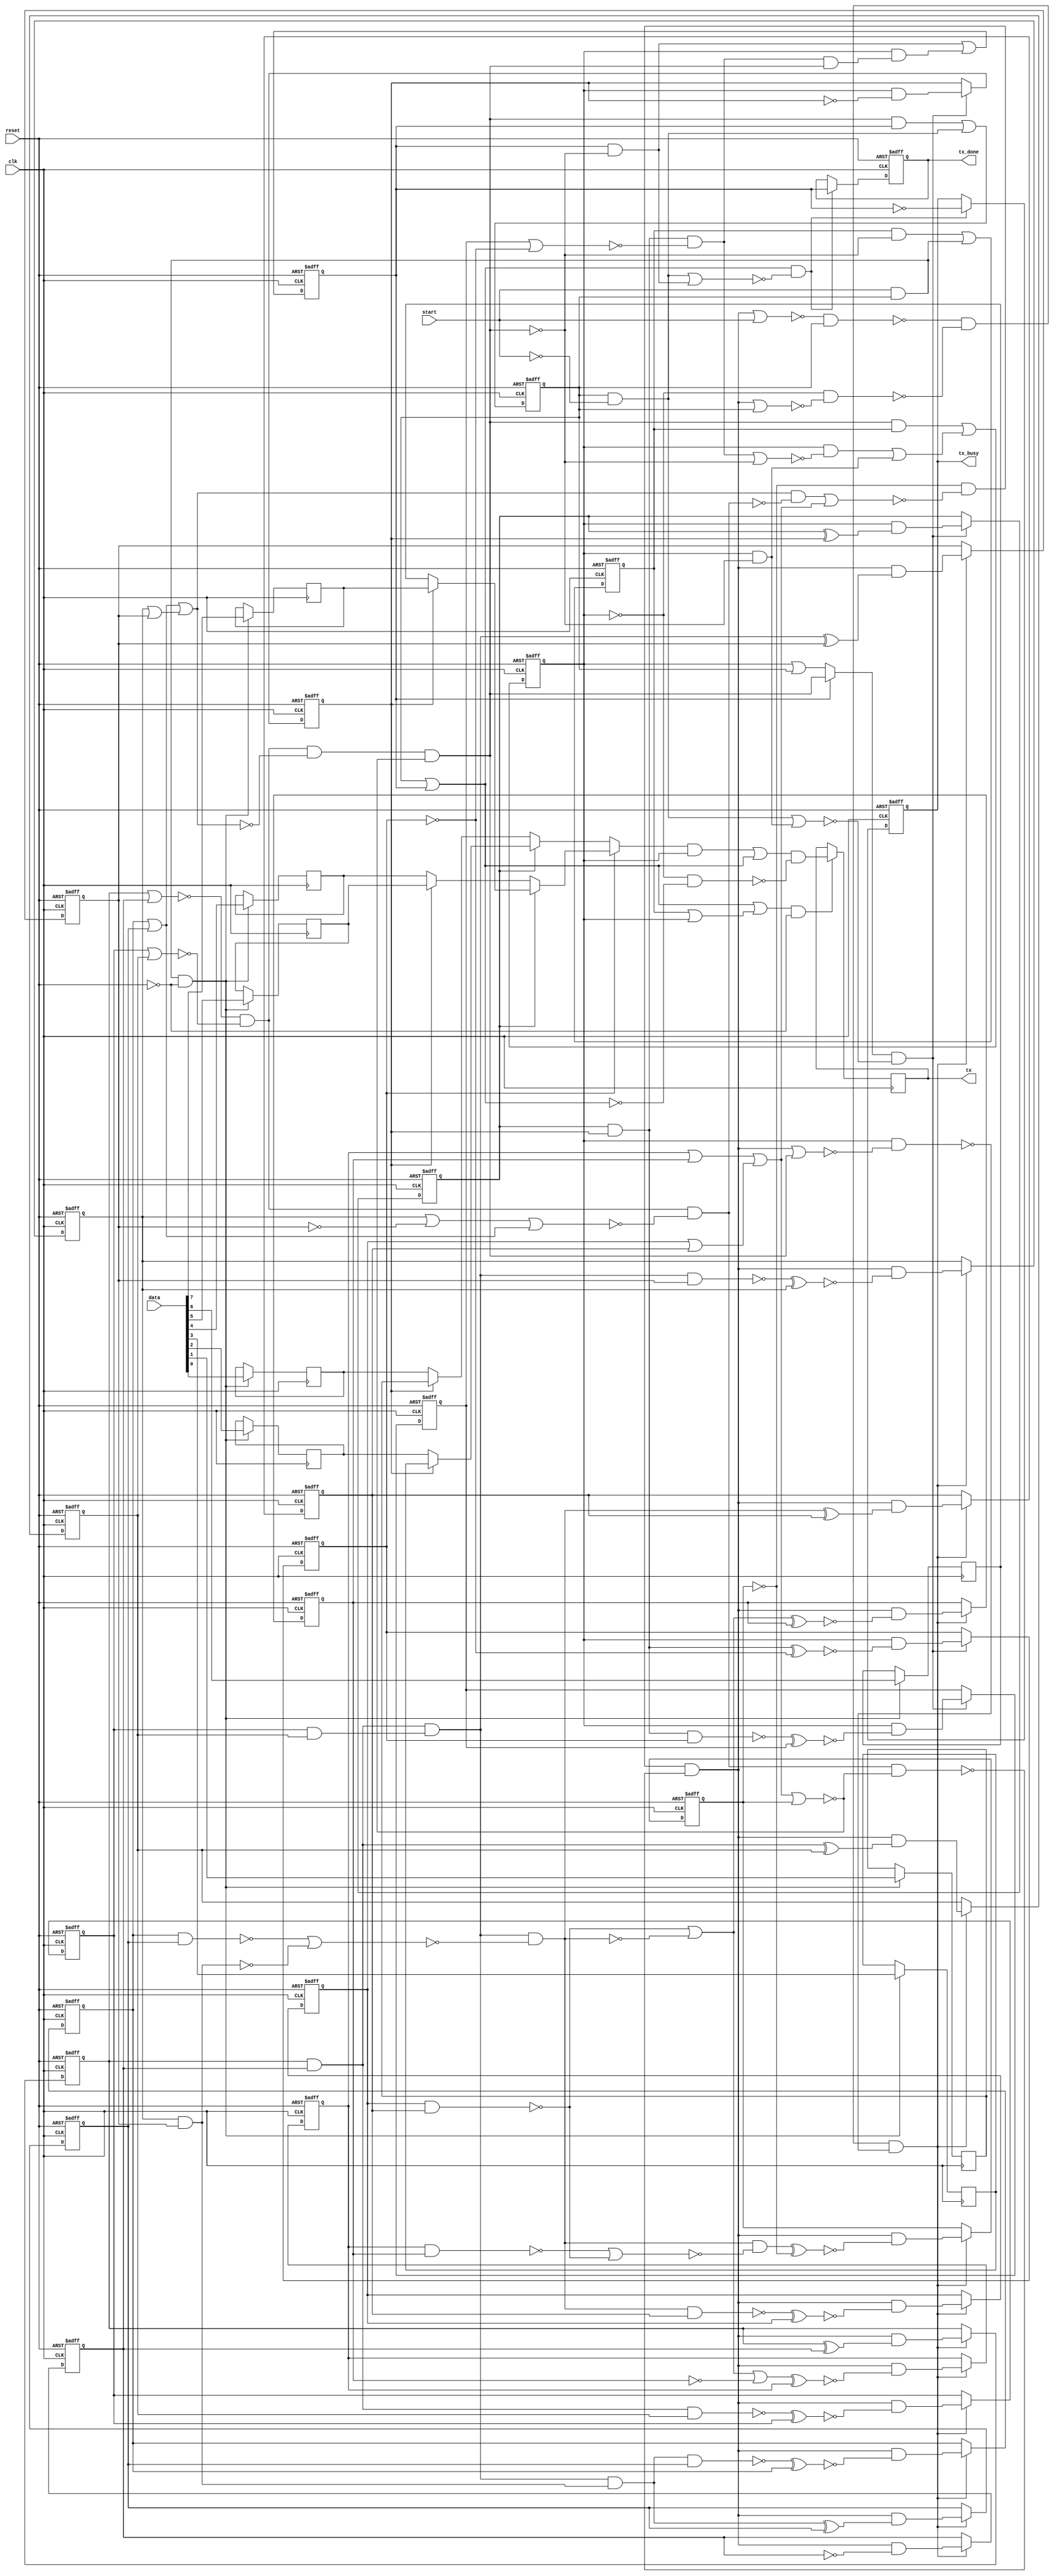
/* Generated by Yosys 0.38+54 (git sha1 f8d4d7128, gcc 11.4.0-1ubuntu1~22.04 -fPIC -Os) */

(* top =  1  *)
(* src = "verilog_code:1.1-77.10" *)
module uart_tx(clk, reset, start, data, tx_busy, tx_done, tx);
  (* src = "verilog_code:21.1-75.4" *)
  wire [12:0] _000_;
  (* src = "verilog_code:21.1-75.4" *)
  wire [3:0] _001_;
  (* src = "verilog_code:21.1-75.4" *)
  wire _002_;
  wire _003_;
  wire _004_;
  wire _005_;
  wire _006_;
  wire _007_;
  wire _008_;
  wire _009_;
  wire _010_;
  wire _011_;
  wire _012_;
  wire _013_;
  wire _014_;
  wire _015_;
  wire _016_;
  wire _017_;
  wire _018_;
  wire _019_;
  wire _020_;
  wire _021_;
  wire _022_;
  wire _023_;
  wire _024_;
  wire _025_;
  wire _026_;
  wire _027_;
  wire _028_;
  wire _029_;
  wire _030_;
  wire _031_;
  wire _032_;
  wire _033_;
  wire _034_;
  wire _035_;
  wire _036_;
  wire _037_;
  wire _038_;
  wire _039_;
  wire _040_;
  wire _041_;
  wire _042_;
  wire _043_;
  wire _044_;
  wire _045_;
  wire _046_;
  wire _047_;
  wire _048_;
  wire _049_;
  wire _050_;
  wire _051_;
  wire _052_;
  wire _053_;
  wire _054_;
  wire _055_;
  wire _056_;
  wire _057_;
  wire _058_;
  wire _059_;
  wire _060_;
  wire _061_;
  wire _062_;
  wire _063_;
  wire _064_;
  wire _065_;
  wire _066_;
  wire _067_;
  wire _068_;
  wire _069_;
  wire _070_;
  wire _071_;
  wire _072_;
  wire _073_;
  wire _074_;
  wire _075_;
  wire _076_;
  wire _077_;
  wire _078_;
  wire _079_;
  wire _080_;
  wire _081_;
  wire _082_;
  wire _083_;
  wire _084_;
  wire _085_;
  wire _086_;
  wire _087_;
  wire _088_;
  wire _089_;
  wire _090_;
  wire _091_;
  wire _092_;
  wire _093_;
  wire _094_;
  wire _095_;
  wire _096_;
  wire _097_;
  wire _098_;
  wire _099_;
  wire _100_;
  wire _101_;
  wire _102_;
  wire _103_;
  wire _104_;
  wire _105_;
  wire _106_;
  wire _107_;
  (* force_downto = 32'd1 *)
  (* src = "verilog_code:0.0-0.0|verilog_code:30.9-70.16|/usr/local/bin/../share/yosys/techmap.v:575.21-575.22" *)
  wire _108_;
  (* src = "verilog_code:13.12-13.22" *)
  reg [12:0] baud_count;
  (* src = "verilog_code:12.11-12.20" *)
  reg [3:0] bit_count;
  (* src = "verilog_code:2.11-2.14" *)
  input clk;
  wire clk;
  (* src = "verilog_code:5.17-5.21" *)
  input [7:0] data;
  wire [7:0] data;
  (* src = "verilog_code:3.11-3.16" *)
  input reset;
  wire reset;
  (* src = "verilog_code:4.11-4.16" *)
  input start;
  wire start;
  (* src = "verilog_code:8.16-8.18" *)
  output tx;
  reg tx;
  (* src = "verilog_code:6.16-6.23" *)
  output tx_busy;
  reg tx_busy;
  (* src = "verilog_code:14.11-14.22" *)
  reg [7:0] tx_data_reg;
  (* src = "verilog_code:7.16-7.23" *)
  output tx_done;
  reg tx_done;
  (* onehot = 32'd1 *)
  reg [3:0] tx_state;
  assign _027_ = _020_ | _086_;
  assign _028_ = tx_state[1] & ~(_027_);
  assign _008_ = _026_ & ~(_028_);
  assign _029_ = _099_ | _092_;
  assign _011_ = _094_ & ~(_029_);
  assign _000_[0] = _020_ & ~(baud_count[0]);
  assign _030_ = ~(baud_count[1] ^ baud_count[0]);
  assign _000_[1] = _020_ & ~(_030_);
  assign _031_ = baud_count[1] & baud_count[0];
  assign _032_ = ~(_031_ ^ baud_count[2]);
  assign _000_[2] = _020_ & ~(_032_);
  assign _033_ = ~(_031_ & baud_count[2]);
  assign _034_ = _033_ ^ baud_count[3];
  assign _000_[3] = _020_ & ~(_034_);
  assign _035_ = ~(baud_count[3] & baud_count[2]);
  assign _036_ = _031_ & ~(_035_);
  assign _037_ = ~(_036_ ^ baud_count[4]);
  assign _000_[4] = _020_ & ~(_037_);
  assign _038_ = ~(_036_ & baud_count[4]);
  assign _039_ = _038_ ^ baud_count[5];
  assign _000_[5] = _020_ & ~(_039_);
  assign _040_ = ~(baud_count[5] & baud_count[4]);
  assign _041_ = _036_ & ~(_040_);
  assign _042_ = ~(_041_ ^ baud_count[6]);
  assign _000_[6] = _020_ & ~(_042_);
  assign _043_ = ~(_041_ & baud_count[6]);
  assign _044_ = _043_ ^ baud_count[7];
  assign _000_[7] = _020_ & ~(_044_);
  assign _045_ = ~(baud_count[7] & baud_count[6]);
  assign _046_ = _045_ | _040_;
  assign _047_ = _036_ & ~(_046_);
  assign _048_ = ~(_047_ ^ baud_count[8]);
  assign _000_[8] = _020_ & ~(_048_);
  assign _049_ = ~(_047_ & baud_count[8]);
  assign _050_ = _049_ ^ baud_count[9];
  assign _000_[9] = _020_ & ~(_050_);
  assign _051_ = ~(baud_count[9] & baud_count[8]);
  assign _052_ = _051_ | ~(_047_);
  assign _053_ = _052_ ^ baud_count[10];
  assign _000_[10] = _020_ & ~(_053_);
  assign _054_ = _052_ | ~(baud_count[10]);
  assign _055_ = _054_ ^ baud_count[11];
  assign _000_[11] = _020_ & ~(_055_);
  assign _056_ = ~(baud_count[11] & baud_count[10]);
  assign _057_ = _056_ | _051_;
  assign _058_ = _047_ & ~(_057_);
  assign _059_ = _058_ ^ _012_;
  assign _000_[12] = _020_ & ~(_059_);
  assign _001_[0] = tx_state[1] & ~(bit_count[0]);
  assign _060_ = ~(bit_count[1] ^ bit_count[0]);
  assign _001_[1] = tx_state[1] & ~(_060_);
  assign _061_ = ~bit_count[2];
  assign _062_ = _087_ ^ _061_;
  assign _001_[2] = tx_state[1] & ~(_062_);
  assign _063_ = ~(_087_ & bit_count[2]);
  assign _064_ = _063_ ^ bit_count[3];
  assign _001_[3] = tx_state[1] & ~(_064_);
  assign _065_ = bit_count[0] ? tx_data_reg[1] : tx_data_reg[0];
  assign _066_ = bit_count[0] ? tx_data_reg[3] : tx_data_reg[2];
  assign _067_ = bit_count[1] ? _066_ : _065_;
  assign _068_ = bit_count[0] ? tx_data_reg[5] : tx_data_reg[4];
  assign _069_ = bit_count[0] ? tx_data_reg[7] : tx_data_reg[6];
  assign _070_ = bit_count[1] ? _069_ : _068_;
  assign _071_ = bit_count[2] ? _070_ : _067_;
  assign _072_ = _071_ & ~(_023_);
  assign _073_ = _072_ | _094_;
  assign _074_ = _023_ & ~(_094_);
  assign _108_ = _073_ & ~(_074_);
  assign _002_ = ~tx_state[3];
  assign _075_ = ~(baud_count[1] | baud_count[0]);
  assign _076_ = baud_count[3] | baud_count[2];
  assign _077_ = _075_ & ~(_076_);
  assign _078_ = baud_count[5] | baud_count[4];
  assign _079_ = baud_count[7] | baud_count[6];
  assign _080_ = _079_ | _078_;
  assign _081_ = _077_ & ~(_080_);
  assign _082_ = baud_count[9] | baud_count[8];
  assign _083_ = baud_count[11] | baud_count[10];
  assign _084_ = _083_ | _082_;
  assign _085_ = _084_ | baud_count[12];
  assign _086_ = _081_ & ~(_085_);
  assign _087_ = bit_count[1] & bit_count[0];
  assign _088_ = bit_count[3] | ~(bit_count[2]);
  assign _089_ = _087_ & ~(_088_);
  assign _090_ = ~(_089_ & _086_);
  assign _091_ = tx_state[1] & ~(_090_);
  assign _092_ = tx_state[3] & ~(_086_);
  assign _006_ = _092_ | _091_;
  assign _093_ = ~(tx_state[2] | tx_state[1]);
  assign _094_ = tx_state[0] | tx_state[3];
  assign _095_ = _094_ | ~(_093_);
  assign _010_ = _095_ & ~(reset);
  assign _096_ = tx_state[1] | tx_state[0];
  assign _097_ = tx_state[3] ? _086_ : _096_;
  assign _098_ = tx_state[1] & ~(_086_);
  assign _099_ = tx_state[0] & ~(start);
  assign _100_ = _099_ | _098_;
  assign _009_ = _097_ & ~(_100_);
  assign _101_ = _086_ & ~(_002_);
  assign _003_ = _101_ | _099_;
  assign _102_ = start & tx_state[0];
  assign _007_ = _102_ & ~(reset);
  assign _103_ = _089_ | ~(_086_);
  assign _104_ = tx_state[1] & ~(_103_);
  assign _105_ = _104_ | _098_;
  assign _106_ = _086_ & tx_state[2];
  assign _004_ = _106_ | _105_;
  assign _107_ = tx_state[2] & ~(_086_);
  assign _005_ = _107_ | _102_;
  assign _012_ = ~baud_count[12];
  assign _013_ = baud_count[5] | ~(baud_count[4]);
  assign _014_ = _013_ | _079_;
  assign _015_ = _077_ & ~(_014_);
  assign _016_ = _080_ & ~(_015_);
  assign _017_ = _016_ | _084_;
  assign _018_ = _012_ & ~(_017_);
  assign _019_ = _015_ & ~(_085_);
  assign _020_ = _018_ & ~(_019_);
  assign _021_ = ~(_020_ | start);
  assign _022_ = ~(_021_ & tx_state[0]);
  assign _023_ = ~tx_state[1];
  assign _024_ = _020_ | tx_state[0];
  assign _025_ = _023_ & ~(_024_);
  assign _026_ = _022_ & ~(_025_);
  always @(posedge clk, posedge reset)
    if (reset) tx_state[0] <= 1'h1;
    else tx_state[0] <= _003_;
  always @(posedge clk, posedge reset)
    if (reset) tx_state[1] <= 1'h0;
    else tx_state[1] <= _004_;
  always @(posedge clk, posedge reset)
    if (reset) tx_state[2] <= 1'h0;
    else tx_state[2] <= _005_;
  always @(posedge clk, posedge reset)
    if (reset) tx_state[3] <= 1'h0;
    else tx_state[3] <= _006_;
  (* src = "verilog_code:21.1-75.4" *)
  always @(posedge clk)
    if (_007_) tx_data_reg[0] <= data[0];
  (* src = "verilog_code:21.1-75.4" *)
  always @(posedge clk)
    if (_007_) tx_data_reg[1] <= data[1];
  (* src = "verilog_code:21.1-75.4" *)
  always @(posedge clk)
    if (_007_) tx_data_reg[2] <= data[2];
  (* src = "verilog_code:21.1-75.4" *)
  always @(posedge clk)
    if (_007_) tx_data_reg[3] <= data[3];
  (* src = "verilog_code:21.1-75.4" *)
  always @(posedge clk)
    if (_007_) tx_data_reg[4] <= data[4];
  (* src = "verilog_code:21.1-75.4" *)
  always @(posedge clk)
    if (_007_) tx_data_reg[5] <= data[5];
  (* src = "verilog_code:21.1-75.4" *)
  always @(posedge clk)
    if (_007_) tx_data_reg[6] <= data[6];
  (* src = "verilog_code:21.1-75.4" *)
  always @(posedge clk)
    if (_007_) tx_data_reg[7] <= data[7];
  (* src = "verilog_code:21.1-75.4" *)
  always @(posedge clk, posedge reset)
    if (reset) tx_busy <= 1'h0;
    else if (_011_) tx_busy <= _002_;
  (* src = "verilog_code:21.1-75.4" *)
  always @(posedge clk, posedge reset)
    if (reset) tx_done <= 1'h0;
    else if (_011_) tx_done <= tx_state[3];
  (* src = "verilog_code:21.1-75.4" *)
  always @(posedge clk)
    if (_010_) tx <= _108_;
  (* src = "verilog_code:21.1-75.4" *)
  always @(posedge clk, posedge reset)
    if (reset) bit_count[0] <= 1'h0;
    else if (_009_) bit_count[0] <= _001_[0];
  (* src = "verilog_code:21.1-75.4" *)
  always @(posedge clk, posedge reset)
    if (reset) bit_count[1] <= 1'h0;
    else if (_009_) bit_count[1] <= _001_[1];
  (* src = "verilog_code:21.1-75.4" *)
  always @(posedge clk, posedge reset)
    if (reset) bit_count[2] <= 1'h0;
    else if (_009_) bit_count[2] <= _001_[2];
  (* src = "verilog_code:21.1-75.4" *)
  always @(posedge clk, posedge reset)
    if (reset) bit_count[3] <= 1'h0;
    else if (_009_) bit_count[3] <= _001_[3];
  (* src = "verilog_code:21.1-75.4" *)
  always @(posedge clk, posedge reset)
    if (reset) baud_count[0] <= 1'h0;
    else if (_008_) baud_count[0] <= _000_[0];
  (* src = "verilog_code:21.1-75.4" *)
  always @(posedge clk, posedge reset)
    if (reset) baud_count[1] <= 1'h0;
    else if (_008_) baud_count[1] <= _000_[1];
  (* src = "verilog_code:21.1-75.4" *)
  always @(posedge clk, posedge reset)
    if (reset) baud_count[2] <= 1'h0;
    else if (_008_) baud_count[2] <= _000_[2];
  (* src = "verilog_code:21.1-75.4" *)
  always @(posedge clk, posedge reset)
    if (reset) baud_count[3] <= 1'h0;
    else if (_008_) baud_count[3] <= _000_[3];
  (* src = "verilog_code:21.1-75.4" *)
  always @(posedge clk, posedge reset)
    if (reset) baud_count[4] <= 1'h0;
    else if (_008_) baud_count[4] <= _000_[4];
  (* src = "verilog_code:21.1-75.4" *)
  always @(posedge clk, posedge reset)
    if (reset) baud_count[5] <= 1'h0;
    else if (_008_) baud_count[5] <= _000_[5];
  (* src = "verilog_code:21.1-75.4" *)
  always @(posedge clk, posedge reset)
    if (reset) baud_count[6] <= 1'h0;
    else if (_008_) baud_count[6] <= _000_[6];
  (* src = "verilog_code:21.1-75.4" *)
  always @(posedge clk, posedge reset)
    if (reset) baud_count[7] <= 1'h0;
    else if (_008_) baud_count[7] <= _000_[7];
  (* src = "verilog_code:21.1-75.4" *)
  always @(posedge clk, posedge reset)
    if (reset) baud_count[8] <= 1'h0;
    else if (_008_) baud_count[8] <= _000_[8];
  (* src = "verilog_code:21.1-75.4" *)
  always @(posedge clk, posedge reset)
    if (reset) baud_count[9] <= 1'h0;
    else if (_008_) baud_count[9] <= _000_[9];
  (* src = "verilog_code:21.1-75.4" *)
  always @(posedge clk, posedge reset)
    if (reset) baud_count[10] <= 1'h0;
    else if (_008_) baud_count[10] <= _000_[10];
  (* src = "verilog_code:21.1-75.4" *)
  always @(posedge clk, posedge reset)
    if (reset) baud_count[11] <= 1'h0;
    else if (_008_) baud_count[11] <= _000_[11];
  (* src = "verilog_code:21.1-75.4" *)
  always @(posedge clk, posedge reset)
    if (reset) baud_count[12] <= 1'h0;
    else if (_008_) baud_count[12] <= _000_[12];
endmodule